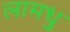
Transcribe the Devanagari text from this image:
लामधु